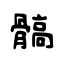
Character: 髇